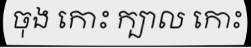
ចុង កោះ ក្បាល កោះ